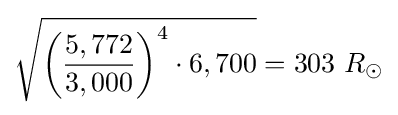
{\sqrt {{\biggl (}{\frac {5,772}{3,000}}{\biggr )}^{4}\cdot 6,700}}=303\ R_{\odot }